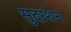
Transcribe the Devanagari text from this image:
सुदरशन